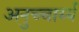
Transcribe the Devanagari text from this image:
अनुच्चार्य्य